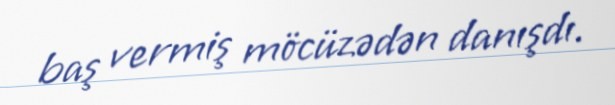
baş vermiş möcüzədən danışdı.